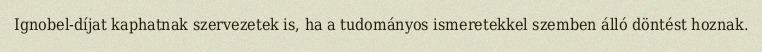
Ignobel-díjat kaphatnak szervezetek is, ha a tudományos ismeretekkel szemben álló döntést hoznak.